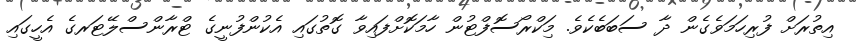
އިތުރަށް ފުރިހަމަވެގެން ދާ ސަބަބެކެވެ. މަިކްރޯސޮފްޓުން ހާމަކޮށްފައިވާ ގޮތުގައި އެކުންފުނީގެ ޓްރާންސްލޭޓަރގެ އެހީގައި